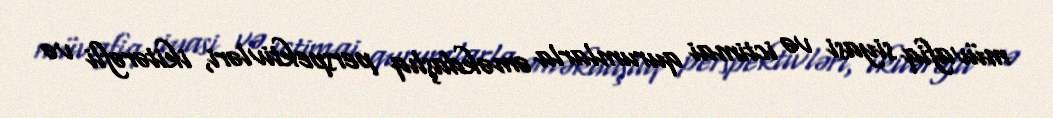
müvafiq siyasi və ictimai qurumlarla əməkdaşlıq perspektivləri, ikitərəfli və